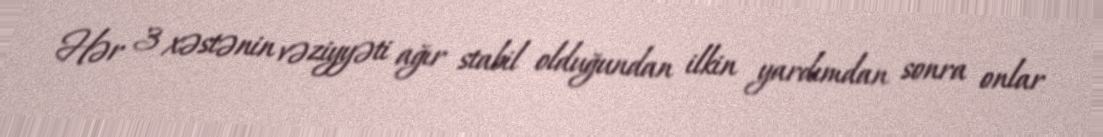
Hər 3 xəstənin vəziyyəti ağır stabil olduğundan ilkin yardımdan sonra onlar